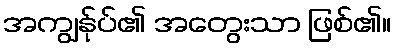
အကျွန်ုပ်၏ အတွေးသာ ဖြစ်၏။